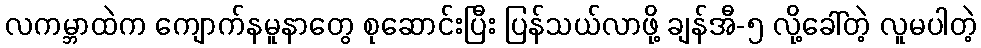
လကမ္ဘာထဲက ကျောက်နမူနာတွေ စုဆောင်းပြီး ပြန်သယ်လာဖို့ ချန်အီ-၅ လို့ခေါ်တဲ့ လူမပါတဲ့